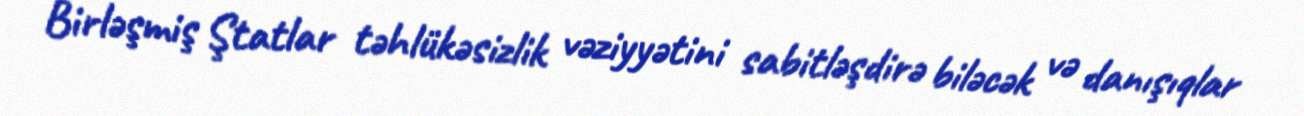
Birləşmiş Ştatlar təhlükəsizlik vəziyyətini sabitləşdirə biləcək və danışıqlar